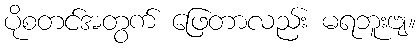
ပိုစတင်အတွက် ဖြေတာလည်း မရဘူးဗျ။